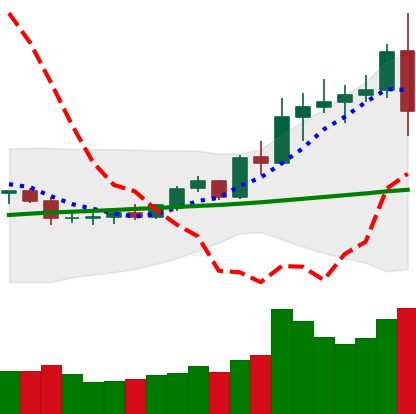
Ticker: ETC-USD
Chart end date: 2020-08-02
Forward return: -4.144%
Label: down_3_5